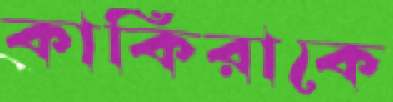
কাকিরাকে